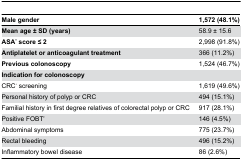
| Male gender | 1,572 (48.1%) |
 | --- | --- |
 | Mean age ± SD (years) | 58.9 ± 15.6 |
 | ASA* score ≤ 2 | 2,998 (91.8%) |
 | Antiplatelet or anticoagulant treatment | 366 (11.2%) |
 | Previous colonoscopy | 1,524 (46.7%) |
 | Indication for colonoscopy |  |
 | CRC+ screening | 1,619 (49.6%) |
 | Personal history of polyp or CRC | 494 (15.1%) |
 | Familial history in first degree relatives of colorectal polyp or CRC | 917 (28.1%) |
 | Positive FOBT≠ | 146 (4.5%) |
 | Abdominal symptoms | 775 (23.7%) |
 | Rectal bleeding | 496 (15.2%) |
 | Inflammatory bowel disease | 86 (2.6%) |